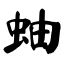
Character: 蚰